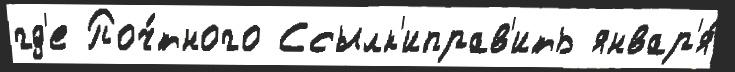
гд'е Поч́тного Ссылк'иправ'ить январ'я́